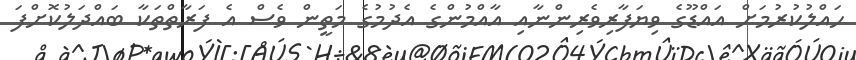
ހައްލުކުރުމަށް އައްޑޫގެ ވިޔަފާރިވެރިންނާއި އާއްމުންގެ އެދުމުގެ މަތީން ވެސް އެ ފަރާތްތަކާ ބައްދަލުކޮށްފަ